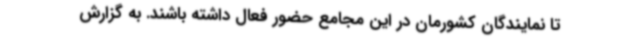
تا نمایندگان کشورمان در این مجامع حضور فعال داشته باشند. به گزارش